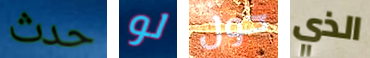
حدث لو حول الذي